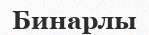
Бинарлы